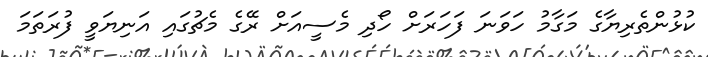
ކުޅުންތެރިޔާގެ މަގާމު ހަވަނަ ފަހަރަށް ހޯދި މެސީއަށް ރޭގެ މެޗުގައި އަނިޔަވީ ފުރަތަމަ